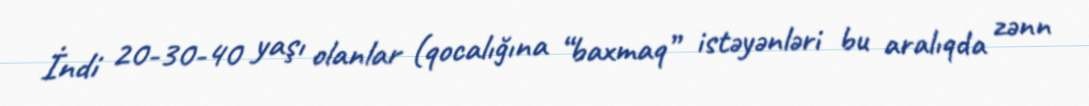
İndi 20-30-40 yaşı olanlar (qocalığına “baxmaq” istəyənləri bu aralıqda zənn